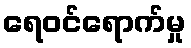
ရေဝင်ရောက်မှု